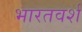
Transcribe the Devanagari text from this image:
भारतवर्श